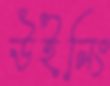
উইনিং